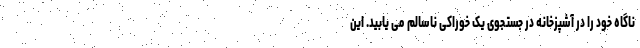
ناگاه خود را در آشپزخانه در جستجوی یک خوراکی ناسالم می یابید. این